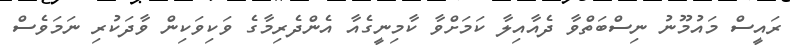
ރައީސް މައުމޫނު ނިސްބަތްވާ ދެއާއިލާ ކަމަށްވާ ކާމިނީގެއާ އެންދެރިމާގެ ވަކިވަކިން ވާދަކުރި ނަމަވެސް